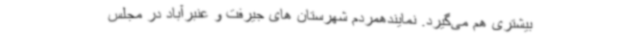
بیشتری هم می‌گیرد. نمایندهمردم شهرستان های جیرفت و عنبرآباد در مجلس